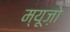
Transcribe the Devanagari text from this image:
म्यूज़ो